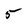
Character: 5